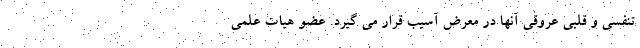
تنفسی و قلبی عروقی آنها در معرض آسیب قرار می گیرد. عضو هیات علمی